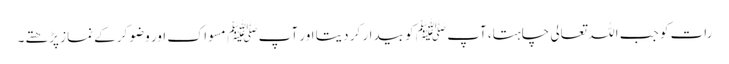
رات کو جب اللہ تعالی چاہتا، آپ ﷺ کو بیدار کر دیتا اور آپ ﷺ مسواک اور وضو کرکے نماز پڑھتے۔